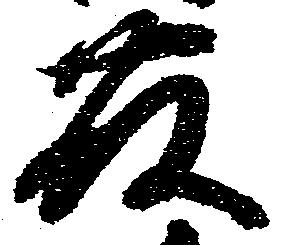
藤